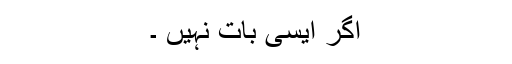
اگر ایسی بات نہیں ۔